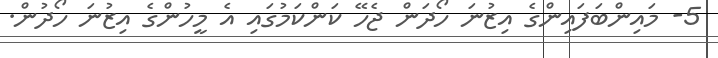
5- މައިންބަފައިންގެ އިޒުނަ ހޯދަން ޖެހޭ ކަންކަމުގައި އެ މީހުންގެ އިޒުނަ ހޯދުން.